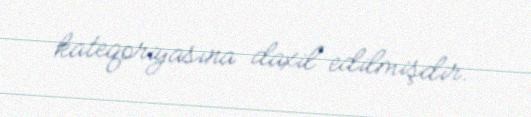
kateqoriyasına daxil edilmişdir.